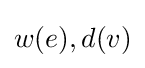
w(e),d(v)